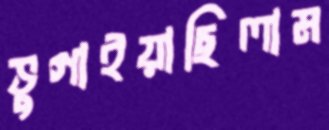
ভুগাইয়াছিলাম